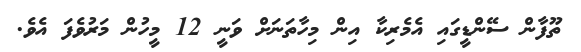
ތޫފާން ސޭންޑީގައި އެމެރިކާ އިން މިހާތަނަށް ވަނީ 12 މީހުން މަރުވެފަ އެވެ.